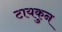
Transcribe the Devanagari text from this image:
टायकुन